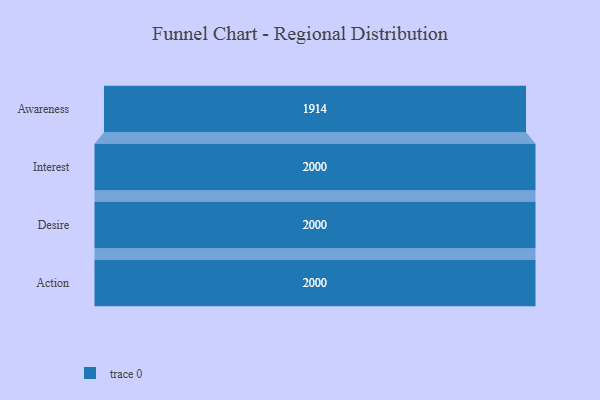
{"axis": {"x": "Stage", "y": "Value"}, "legend": [""], "data": [{"x": "Awareness", "y": 1914.0, "type": ""}, {"x": "Interest", "y": 2000, "type": ""}, {"x": "Desire", "y": 2000, "type": ""}, {"x": "Action", "y": 2000, "type": ""}]}